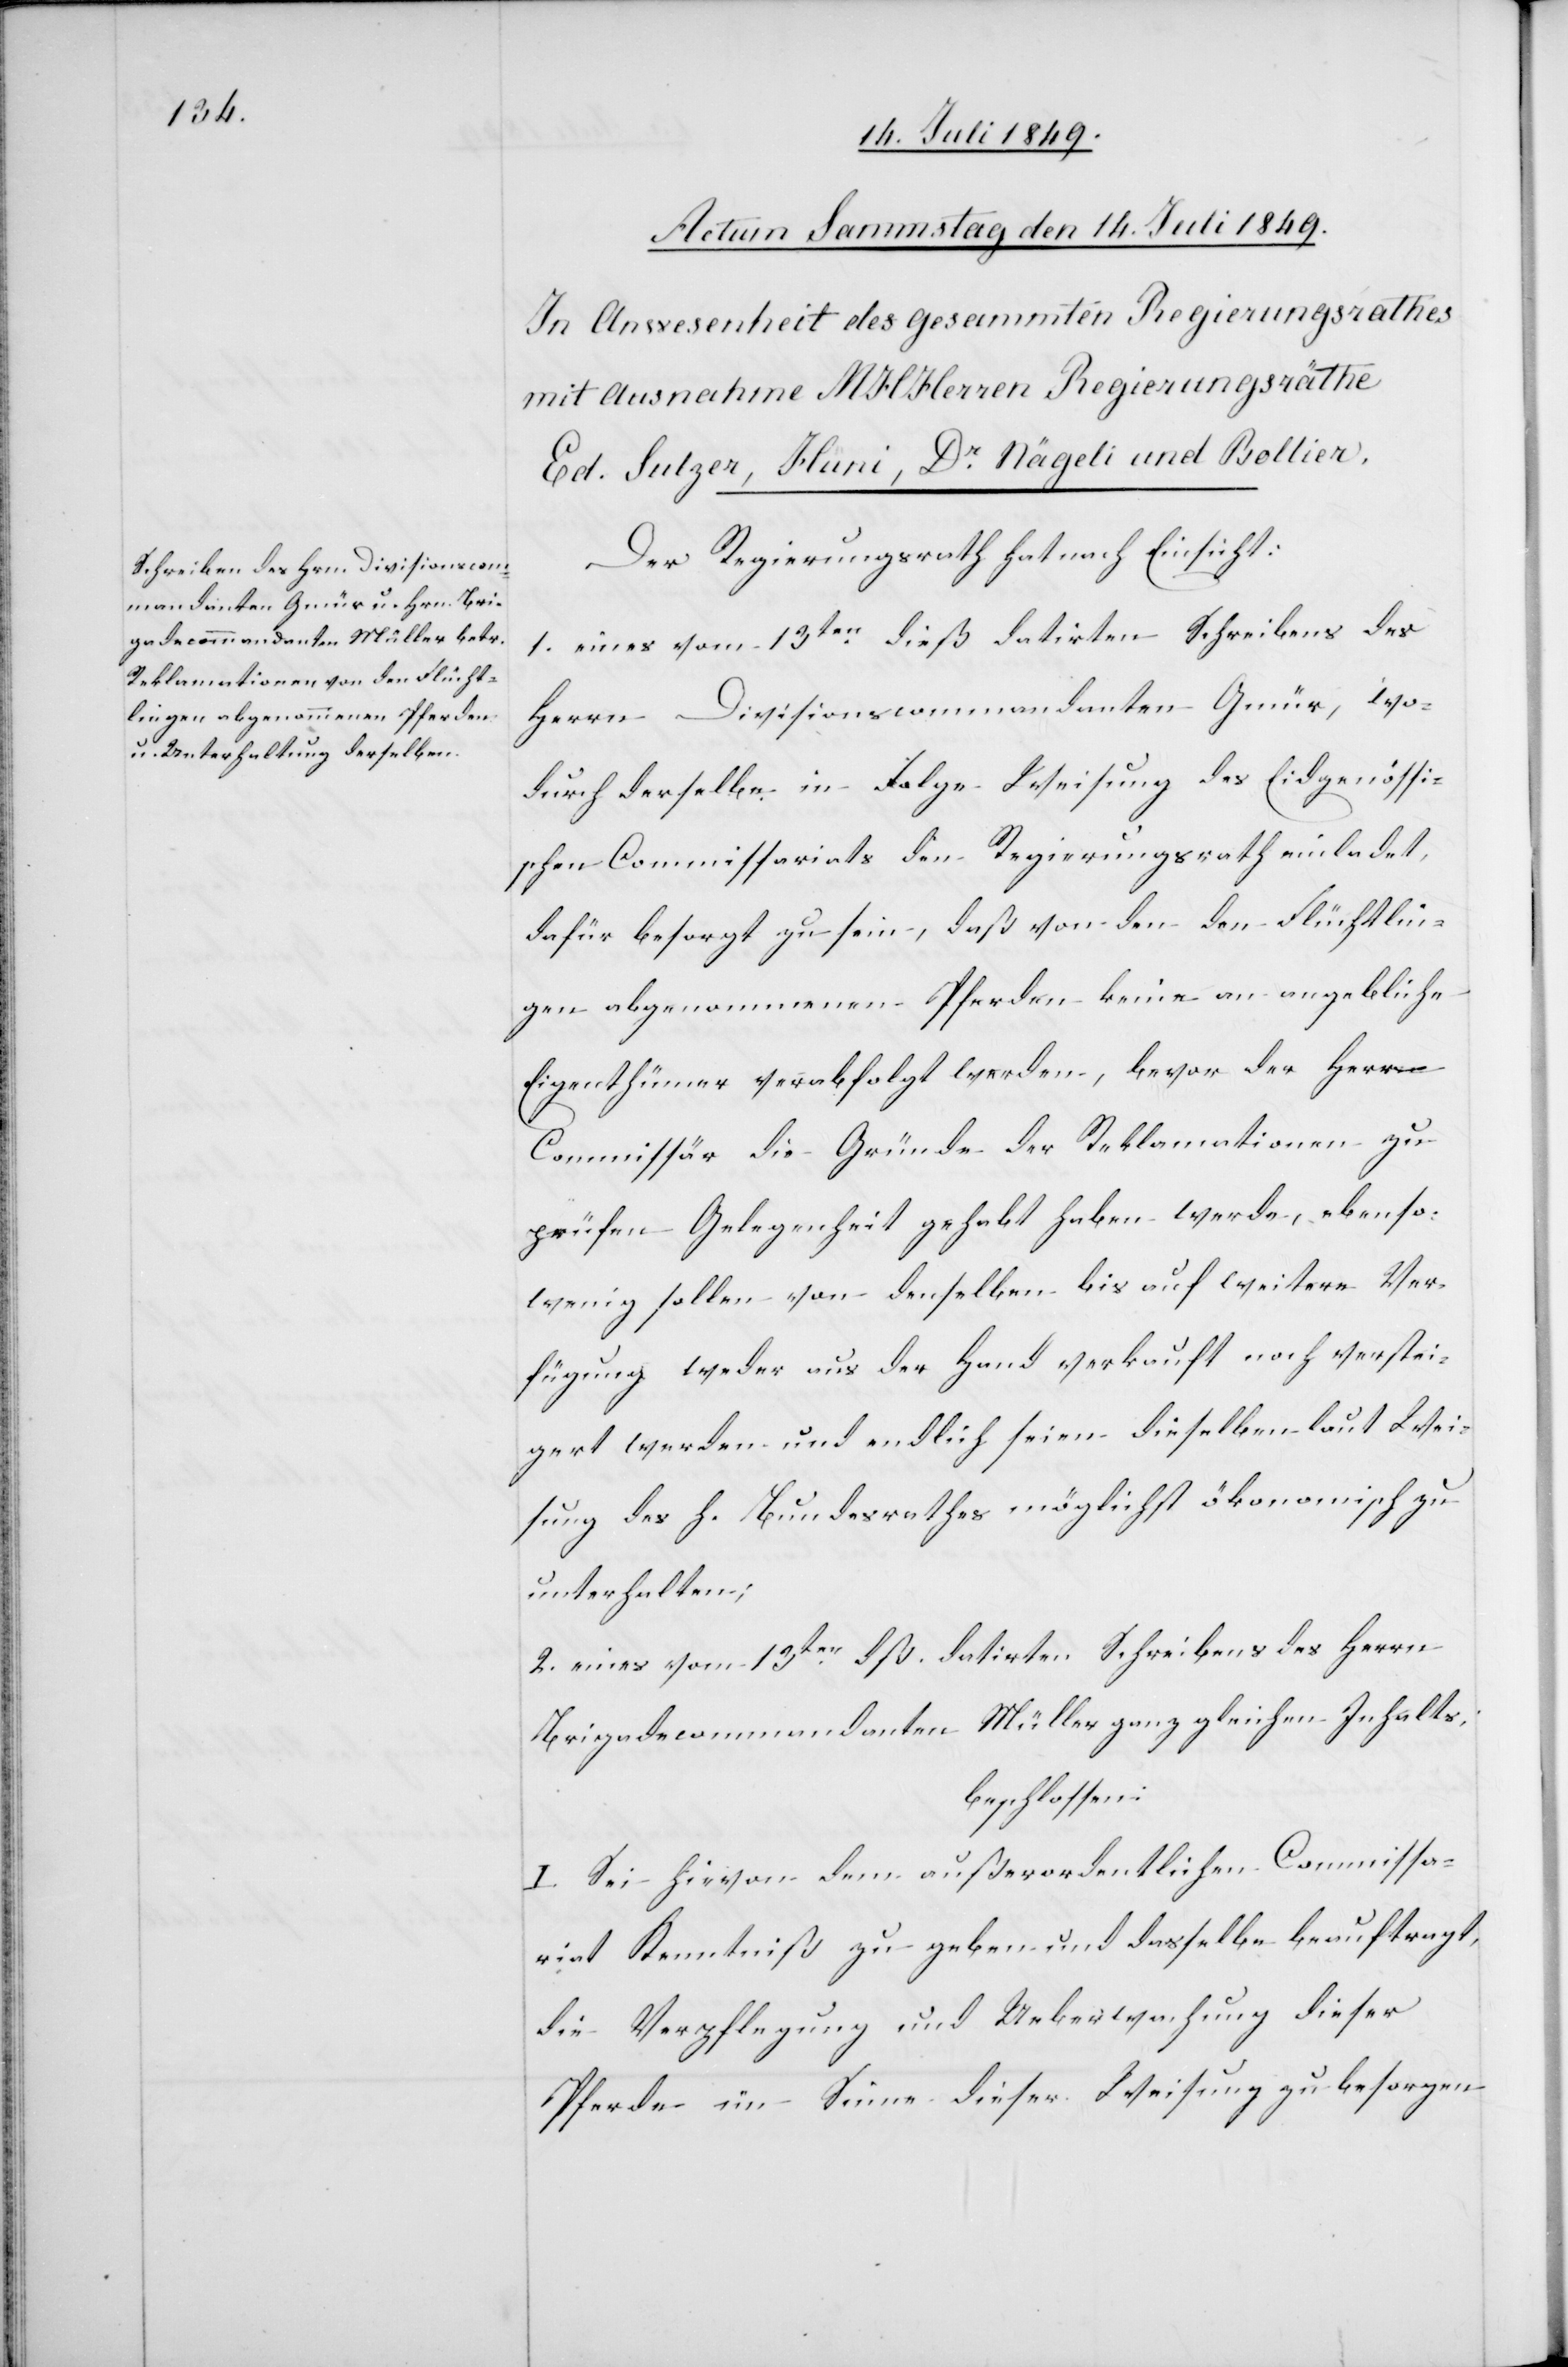
Der Regierungsrath hat nach Einsicht:
1. eines vom 13ten dieß datirten Schreibens des
Herrn Divisionscommandanten Gmür, wo¬
durch derselbe in Folge Weisung des Eidgenössi¬
schen Commissariats den Regierungsrath einladet,
dafür besorgt zu sein, daß von den den Flüchtlin¬
gen abgenommenen Pferden keine an angebliche
Eigenthümer verabfolgt werden, bevor der Herr
Commissär die Gründe der Reklamation zu
prüfen Gelegenheit gehabt haben werde, ebenso¬
wenig sollen von denselben bis auf weitere Ver¬
fügung weder aus der Hand verkauft noch verstei¬
gert werden und endlich seien dieselben laut Wei¬
sung des h. Bundesrathes möglichst ökonomisch zu
unterhalten;
2. eines vom 13ten dß. datirten Schreibens des Herrn
Brigadekommandanten Müller ganz gleichen Inhalts;
beschlossen:
I. Sei hievon dem außerordentlichen Commissa¬
riat Kenntniß zu geben und dasselbe beauftragt,
die Verpflegung und Ueberwachung dieser
Pferde im Sinne dieser Weisung zu besorgen